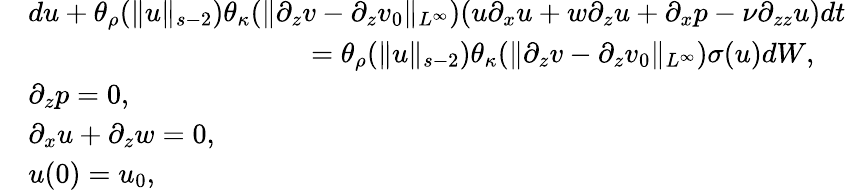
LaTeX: \begin{array}{rl}&{du+\theta_{\rho}(\| u\| _{s-2})\theta_{\kappa}(\| \partial_{z}v-\partial_{z}v_{0}\| _{L^{\infty}})(u\partial_{x}u+w\partial_{z}u+\partial_{x}p-\nu\partial_{zz}u)dt}\\ &{\qquad\qquad\qquad\qquad\qquad=\theta_{\rho}(\| u\| _{s-2})\theta_{\kappa}(\| \partial_{z}v-\partial_{z}v_{0}\| _{L^{\infty}})\sigma(u)dW,}\\ &{\partial_{z}p=0,}\\ &{\partial_{x}u+\partial_{z}w=0,}\\ &{u(0)=u_{0},}\end{array}